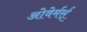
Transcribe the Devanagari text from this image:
ओवेर्मर्स्